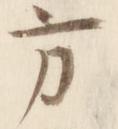
方